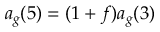
a _ { g } ( 5 ) = ( 1 + f ) a _ { g } ( 3 )